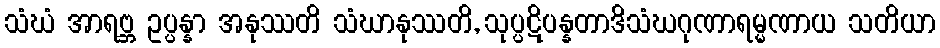
သံဃံ အာရဗ္ဘ ဥပ္ပန္နာ အနုဿတိ သံဃာနုဿတိ, သုပ္ပဋိပန္နတာဒိသံဃဂုဏာရမ္မဏာယ သတိယာ